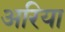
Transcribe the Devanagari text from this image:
अरिया